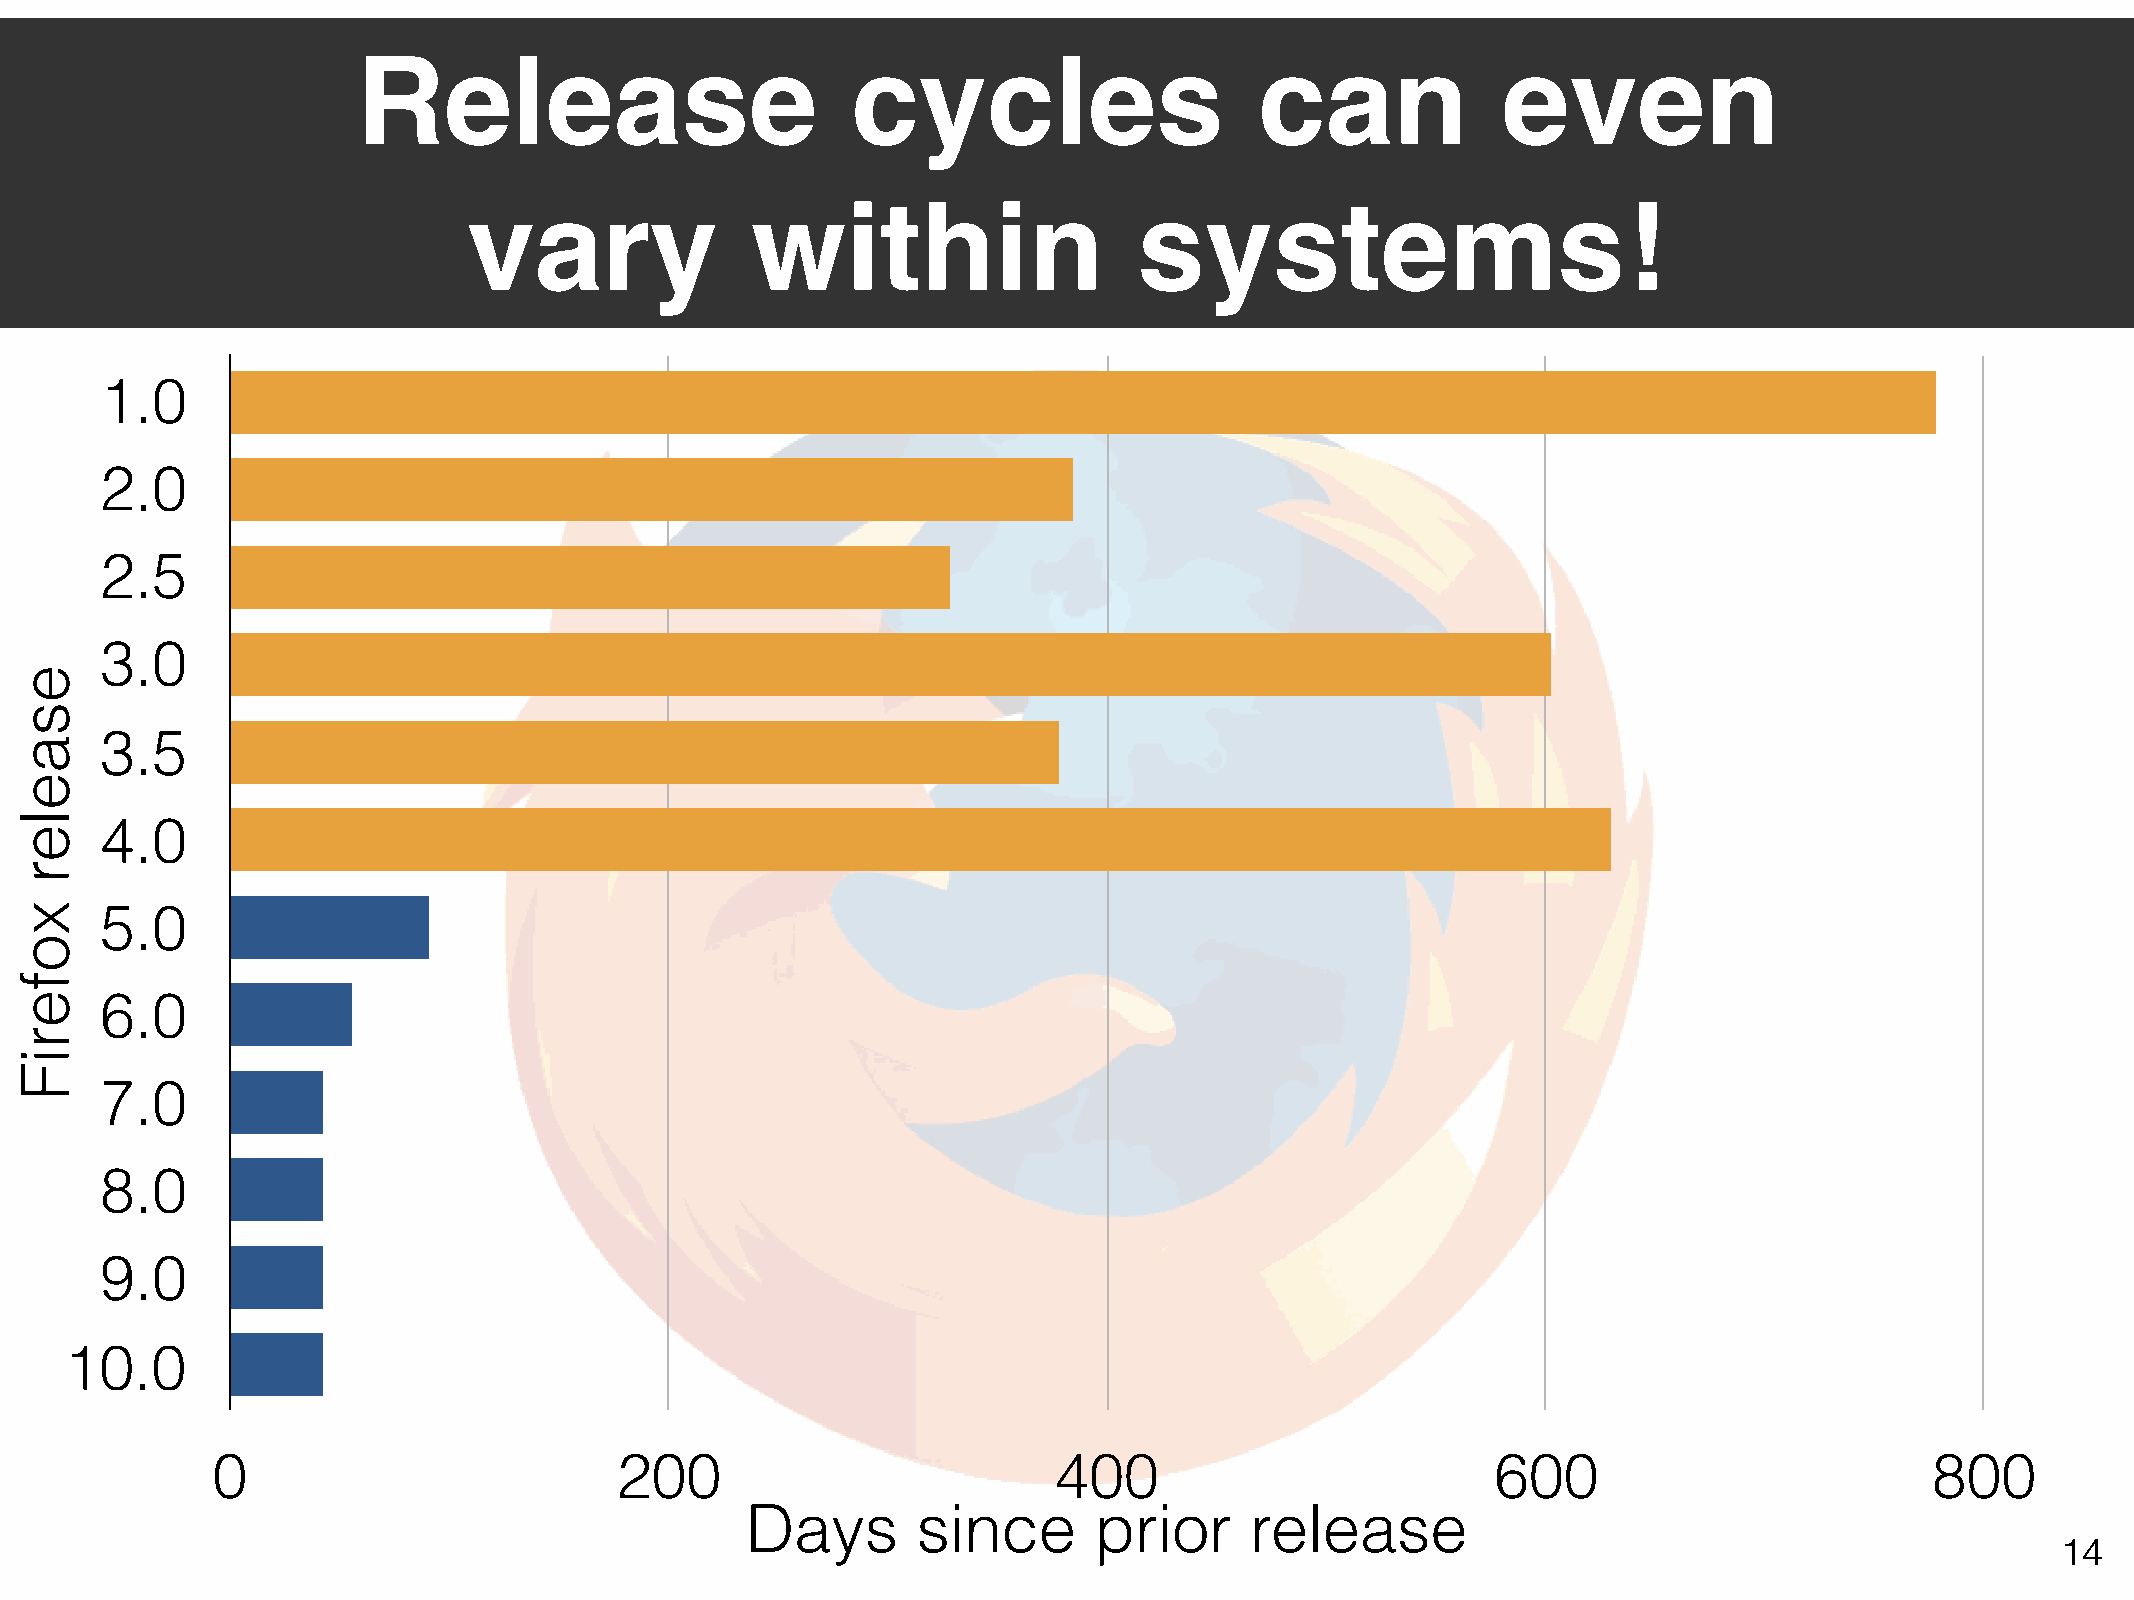
Release                         cycles                     can             even
 vary               within                   systems!
 1.0
 2.0
 2.5
 3.0
 3.5
 4.0
 5.0
 6.0
 7.0
 8.0
 9.0
 10.0
 0                          200                          400                          600                          800
 Days        since      prior      release
 14
 esaeler
 xoferiF